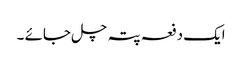
ایک دفعہ پتہ چل جائے ۔